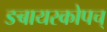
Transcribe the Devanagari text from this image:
ङबायस्कोपच्